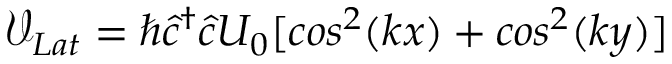
\mathcal { V } _ { L a t } = \hbar \hat { c } ^ { \dag } \hat { c } U _ { 0 } [ c o s ^ { 2 } ( k x ) + c o s ^ { 2 } ( k y ) ]